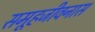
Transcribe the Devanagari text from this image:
समूहजीवनास